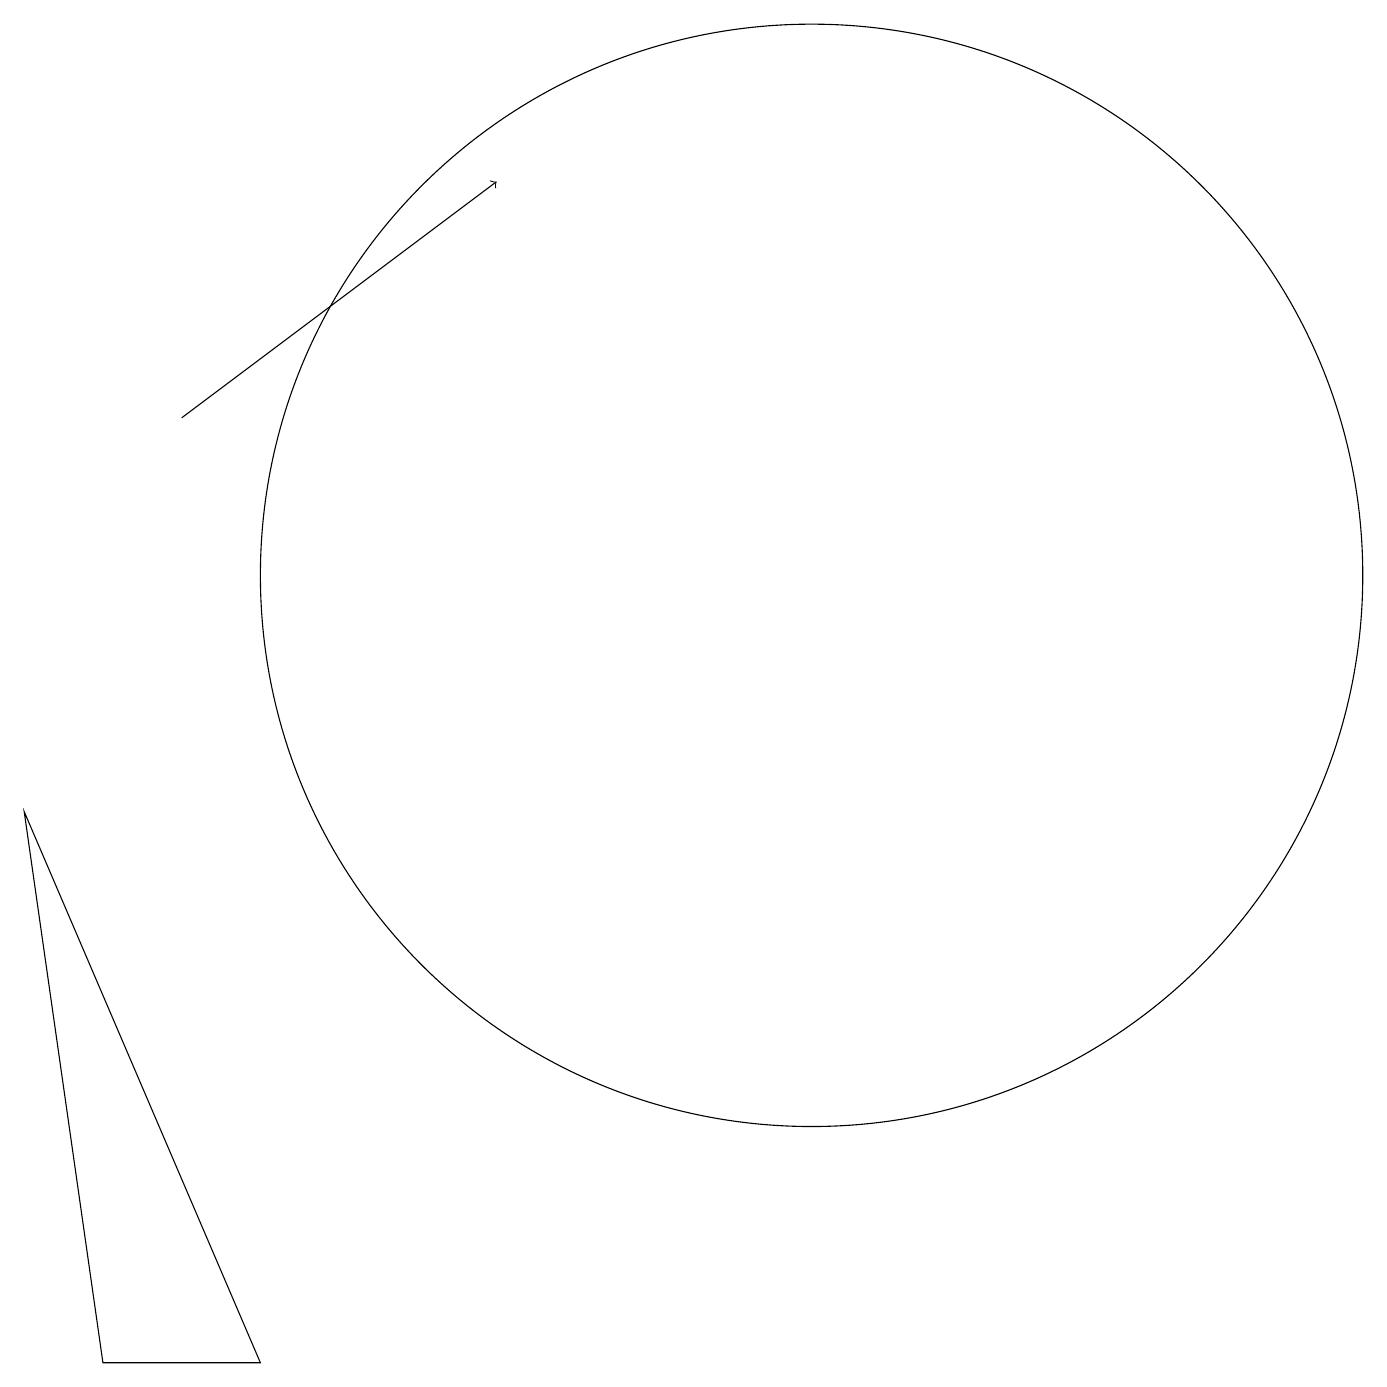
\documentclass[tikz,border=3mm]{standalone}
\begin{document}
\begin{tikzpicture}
\draw (12,12) circle (7);
\draw (2,9) -- (3,2) -- (5,2) -- cycle;
\draw[->] (4,14) -- (8,17);
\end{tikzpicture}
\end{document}